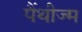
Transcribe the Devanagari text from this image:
पैंथीज्म